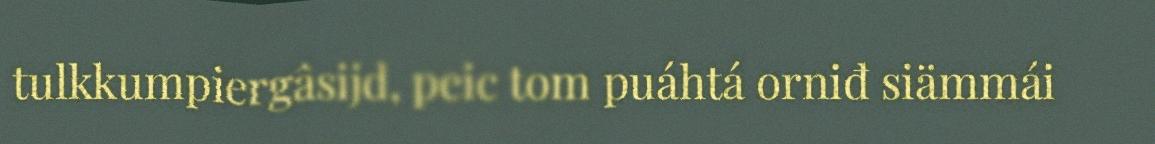
tulkkumpiergâsijd, peic tom puáhtá orniđ siämmái